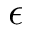
\epsilon